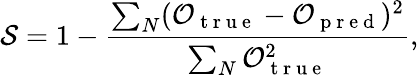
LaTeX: \mathcal{S}=1-\frac{\sum_{N}(\mathcal{O}_{\mathrm{~t~r~u~e~}}-\mathcal{O}_{\mathrm{~p~r~e~d~}})^{2}}{\sum_{N}\mathcal{O}_{\mathrm{~t~r~u~e~}}^{2}},